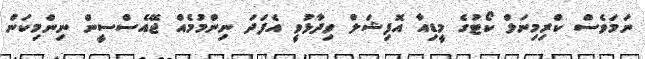
ނަމަވެސް ކްރިމިނަލް ކޯޓުގެ މީޑިއާ އޮފިޝަލް ވިދާޅުވީ އެފަދަ ނިންމުމެއް ޖޭއެސްސީން ނިންމިކަން